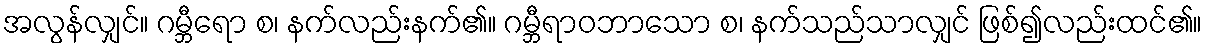
အလွန်လျှင်။ ဂမ္ဘီရော စ၊ နက်လည်းနက်၏။ ဂမ္ဘီရာဝဘာသော စ၊ နက်သည်သာလျှင် ဖြစ်၍လည်းထင်၏။